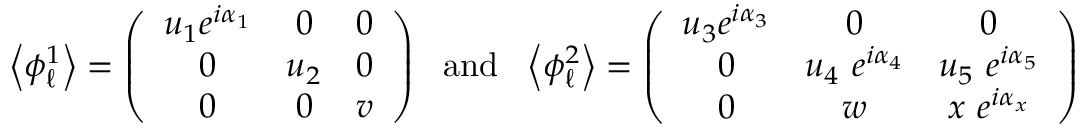
\left\langle \phi _ { \ell } ^ { 1 } \right\rangle = \left( \begin{array} { c c c } { { u _ { 1 } e ^ { i \alpha _ { 1 } } } } & { { 0 } } & { { 0 } } \\ { { 0 } } & { { u _ { 2 } } } & { { 0 } } \\ { { 0 } } & { { 0 } } & { { v } } \end{array} \right) ~ ~ \mathrm { a n d } ~ ~ \left\langle \phi _ { \ell } ^ { 2 } \right\rangle = \left( \begin{array} { c c c } { { u _ { 3 } e ^ { i \alpha _ { 3 } } } } & { { 0 } } & { { 0 } } \\ { { 0 } } & { { u _ { 4 } ~ e ^ { i \alpha _ { 4 } } } } & { { u _ { 5 } ~ e ^ { i \alpha _ { 5 } } } } \\ { { 0 } } & { { w } } & { { x ~ e ^ { i \alpha _ { x } } } } \end{array} \right)